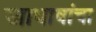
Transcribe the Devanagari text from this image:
जाधावांचा